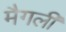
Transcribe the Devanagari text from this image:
मैगली